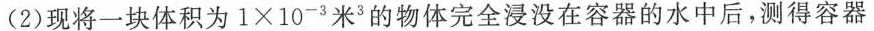
（2）现将一块体积为1\times10^(-3)米^（3）的物体完全浸没在容器的水中后，测得容器